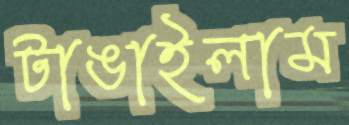
টাঙাইলাম